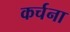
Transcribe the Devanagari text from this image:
कर्चना